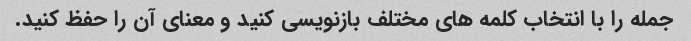
جمله را با انتخاب کلمه های مختلف بازنویسی کنید و معنای آن را حفظ کنید.